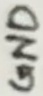
Text: GND